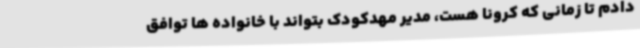
دادم تا زمانی که کرونا هست، مدیر مهدکودک بتواند با خانواده ها توافق